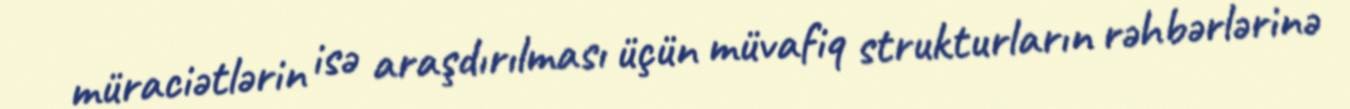
müraciətlərin isə araşdırılması üçün müvafiq strukturların rəhbərlərinə